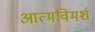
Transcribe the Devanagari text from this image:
आत्मविमर्श